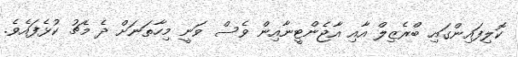
ކޮލިފައިންގައި ބްރެޒިލް އާއި އާޖެންޓީނާއިން ވެސް ވަނީ މިހާތަނަށް ދެ މެޗު ކުޅެފައެވެ.